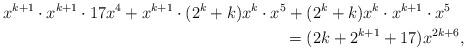
LaTeX: \begin{align*}\begin{multlined}x^{k+1} \cdot x^{k+1} \cdot 17 x^4+x^{k+1} \cdot (2^k+k)x^k \cdot x^5+(2^{k}+k)x^{k} \cdot x^{k+1} \cdot x^5 \\= (2 k + 2^{k + 1} + 17) x^{2 k + 6},\end{multlined}\end{align*}